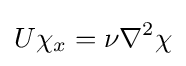
U\chi _{x}=\nu \nabla ^{2}\chi